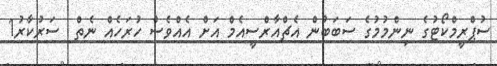
ސުޕްރީމްކޯޓުގެ ނިންމުމުގެ ސަބަބުން އެޗްއާރްސީއެމް އަށް އެއްވެސް ހުރަހެއް ނެތް  ސަރުކާރު1